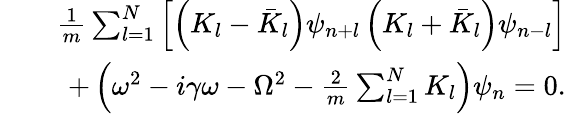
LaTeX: \begin{array}{rlr}&{}&{\frac{1}{m}\sum_{l=1}^{N}\left[\left(K_{l}-\bar{K}_{l}\right)\psi_{n+l}\left(K_{l}+\bar{K}_{l}\right)\psi_{n-l}\right]}\\ &{}&{+\left(\omega^{2}-i\gamma\omega-\Omega^{2}-\frac{2}{m}\sum_{l=1}^{N}K_{l}\right)\psi_{n}=0.}\end{array}